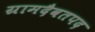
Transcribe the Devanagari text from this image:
ग्रामदैवतपद